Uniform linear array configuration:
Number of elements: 64
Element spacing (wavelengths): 0.25
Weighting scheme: hamming
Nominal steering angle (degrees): -15
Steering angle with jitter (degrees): -16.135
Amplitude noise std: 0.05
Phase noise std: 0.05

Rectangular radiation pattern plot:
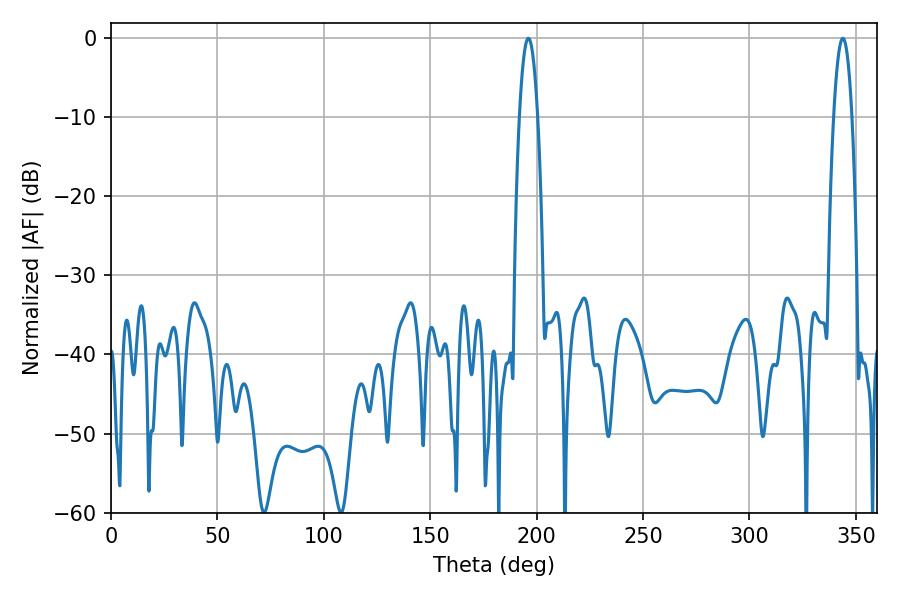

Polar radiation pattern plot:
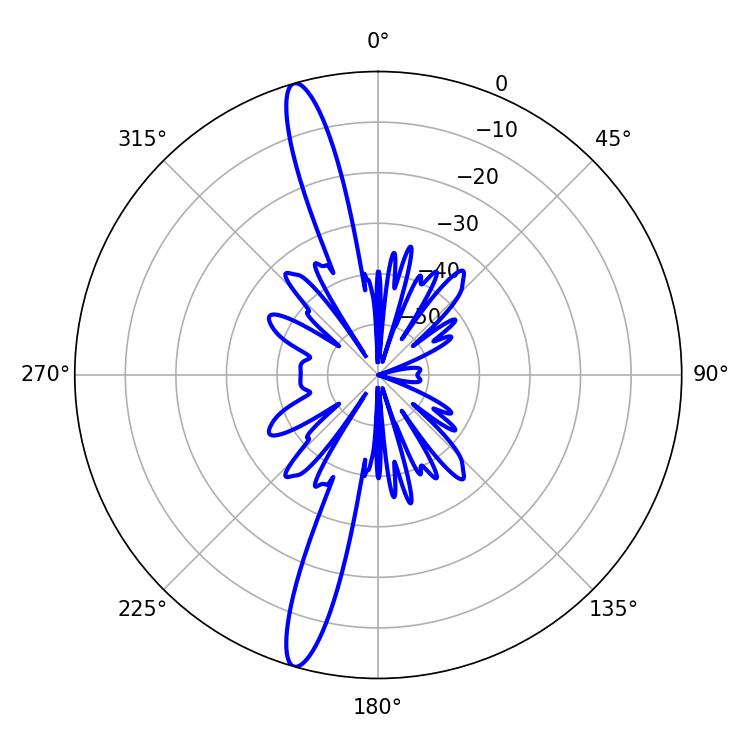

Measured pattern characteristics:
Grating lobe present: FALSE
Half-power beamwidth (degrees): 4.68
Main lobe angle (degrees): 343.8